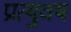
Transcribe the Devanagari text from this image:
प्रत्युवष